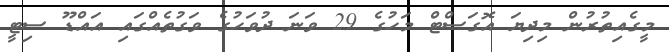
މީގެއިތުރުން މިދިޔަ އޮގަސްޓް މަހުގެ 29 ވަނަ ދުވަހުގެ ވަގުތެއްގައި އައްޑޫ ސިޓީ